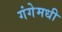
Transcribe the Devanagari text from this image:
गंगेमधी